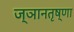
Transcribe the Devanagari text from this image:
ज्ञानतृष्णा